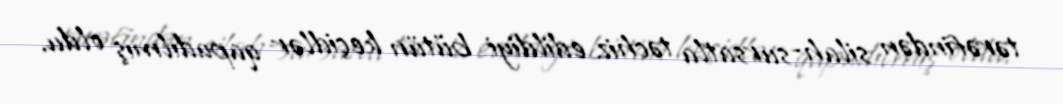
tərəfindən silah-sursatla təchiz edildiyi bütün keçidlər qapadılmış oldu.